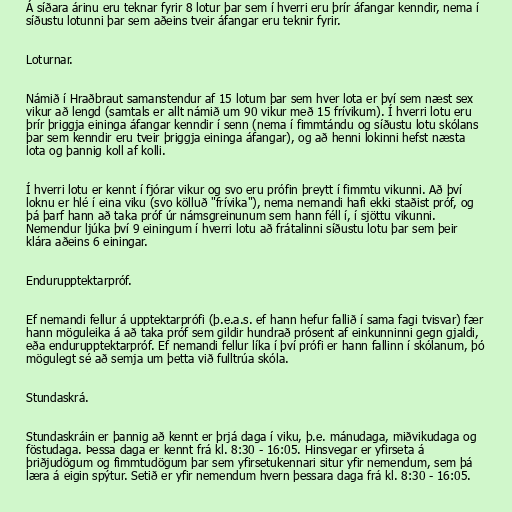
Á síðara árinu eru teknar fyrir 8 lotur þar sem í hverri eru þrír áfangar kenndir, nema í
síðustu lotunni þar sem aðeins tveir áfangar eru teknir fyrir.

Loturnar.

Námið í Hraðbraut samanstendur af 15 lotum þar sem hver lota er því sem næst sex
vikur að lengd (samtals er allt námið um 90 vikur með 15 frívikum). Í hverri lotu eru
þrír þriggja eininga áfangar kenndir í senn (nema í fimmtándu og síðustu lotu skólans
þar sem kenndir eru tveir þriggja eininga áfangar), og að henni lokinni hefst næsta
lota og þannig koll af kolli.

Í hverri lotu er kennt í fjórar vikur og svo eru prófin þreytt í fimmtu vikunni. Að því
loknu er hlé í eina viku (svo kölluð "frívika"), nema nemandi hafi ekki staðist próf, og
þá þarf hann að taka próf úr námsgreinunum sem hann féll í, í sjöttu vikunni.
Nemendur ljúka því 9 einingum í hverri lotu að frátalinni síðustu lotu þar sem þeir
klára aðeins 6 einingar.

Endurupptektarpróf.

Ef nemandi fellur á upptektarprófi (þ.e.a.s. ef hann hefur fallið í sama fagi tvisvar) fær
hann möguleika á að taka próf sem gildir hundrað prósent af einkunninni gegn gjaldi,
eða endurupptektarpróf. Ef nemandi fellur líka í því prófi er hann fallinn í skólanum, þó
mögulegt sé að semja um þetta við fulltrúa skóla.

Stundaskrá.

Stundaskráin er þannig að kennt er þrjá daga í viku, þ.e. mánudaga, miðvikudaga og
föstudaga. Þessa daga er kennt frá kl. 8:30 - 16:05. Hinsvegar er yfirseta á
þriðjudögum og fimmtudögum þar sem yfirsetukennari situr yfir nemendum, sem þá
læra á eigin spýtur. Setið er yfir nemendum hvern þessara daga frá kl. 8:30 - 16:05.